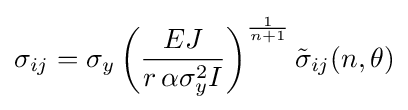
\sigma _{ij}=\sigma _{y}\left({\frac {EJ}{r\,\alpha \sigma _{y}^{2}I}}\right)^{{1} \over {n+1}}{\tilde {\sigma }}_{ij}(n,\theta )